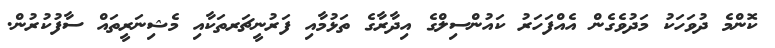
ކޮންމެ ދުވަހަކު މަދުވެގެން އެއްފަހަރު ކައުންސިލްގެ އިދާރާގެ ތަޅުމާއި ފަރުނީޗަރތަކާއި މެޝިނަރީތައް ސާފުކުރުން.